Indian journal of veterinary science and animal husbandry - Volumes 24-25, 1954-1955
Year: 1954
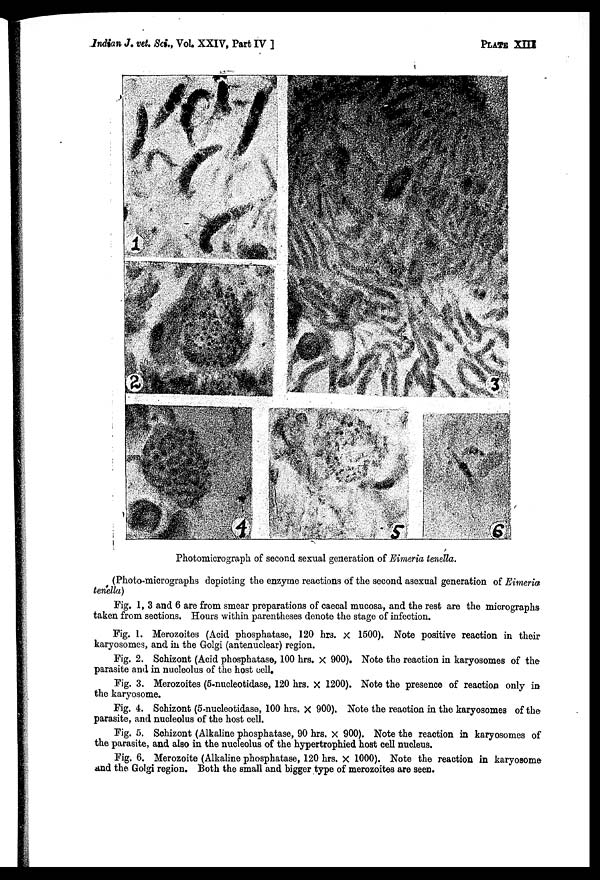
Indian J. vet. Sci., Vol. XXIV, Part IV ]
PLATE
XIII
Photomicrograph of second sexual generation of Eimeria tenella.
(Photo-micrographs depicting the enzyme reactions of the second asexual generation of Eimeria
tenella)
Fig. 1, 3 and 6 are from smear preparations of caecal mucosa, and the rest are the micrographs
taken from sections. Hours within parentheses denote the stage of infection.
Fig. 1. Merozoites (Acid phosphatase, 120 hrs. × 1500). Note positive reaction in their
karyosomes, and in the Golgi (antenuclear) region.
Fig. 2. Schizont (Acid phosphatase, 100 hrs. × 900). Note the reaction in karyosomes of the
parasite and in nucleolus of the host cell.
Fig. 3. Merozoites (5.nucleotidase, 120 hrs. × 1200). Note the presence of reaction only in
the karyosome.
Fig. 4. Schizont (5-nucleotidase, 100 hrs. × 900). Note the reaction in the karyosomes of the
parasite, and nucleolus of the host cell.
Fig. 5. Schizont (Alkaline phosphatase, 90 hrs. × 900). Note the reaction in karyosomes of
the parasite, and also in the nucleolus of the hypertrophied host cell nucleus.
Fig. 6. Merozoite (Alkaline phosphatase, 120 hrs. × 1000). Note the reaction in karyosome
and the Golgi region. Both the small and bigger type of merozoites are seen.